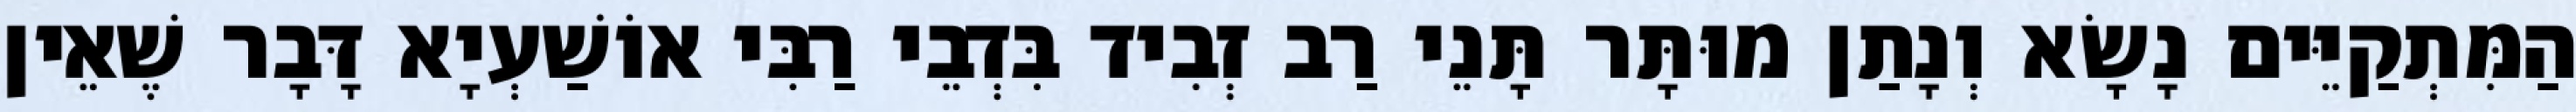
הַמִּתְקַיֵּים נָשָׂא וְנָתַן מוּתָּר תָּנֵי רַב זְבִיד בִּדְבֵי רַבִּי אוֹשַׁעְיָא דָּבָר שֶׁאֵין